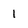
Character: 1